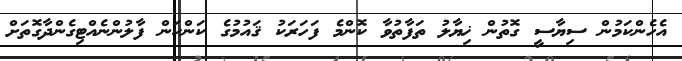
އެހެންކަމުން ސިޔާސީ ގޮތުން ޚިޔާލު ތަފާތުވާ ކޮންމެ ފަހަރަކު ޤައުމުގެ ކަންކަން ފާލުންނެއްޓިގެންދާގޮތަށް